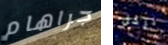
جراهام نرحل